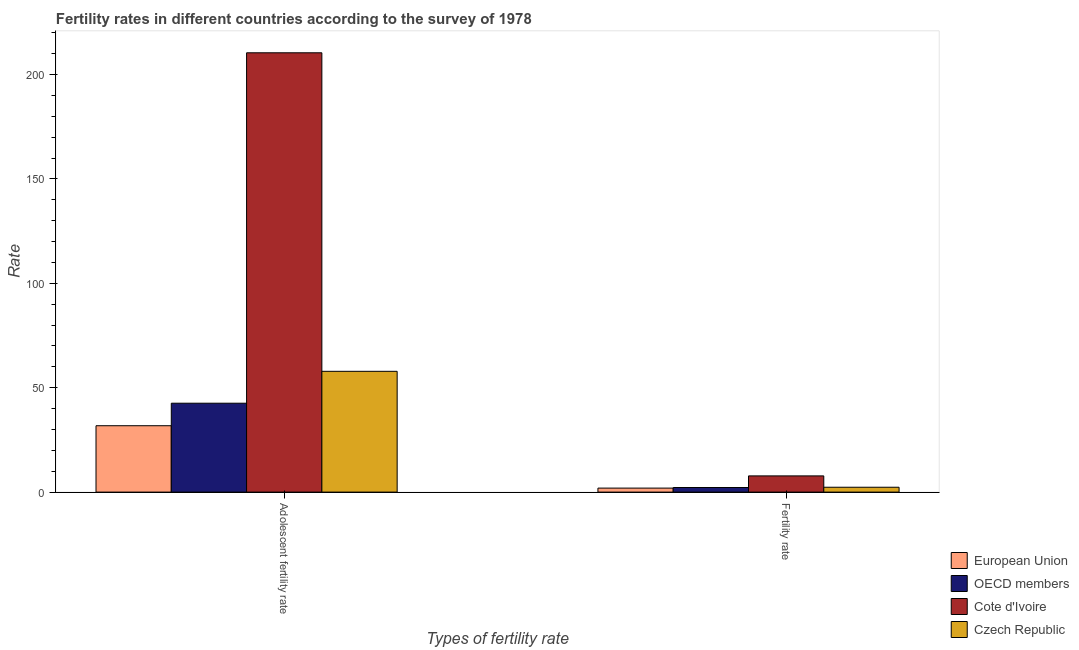
| Types of fertility rate | European Union | OECD members | Cote d'Ivoire | Czech Republic |
 | --- | --- | --- | --- | --- |
 | Adolescent fertility rate | 31.8 | 42.6 | 210 | 57.9 |
 | Fertility rate | 1.92 | 2.2 | 7.76 | 2.33 |